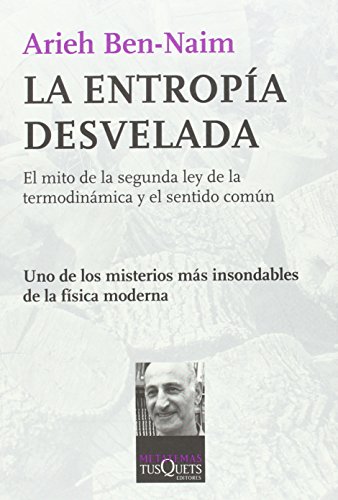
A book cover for La entropia desvelada (Spanish Edition) (Metatemas: Libros Para Pensar la Ciencia); Arieh Ben-Naim; Science & Math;